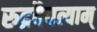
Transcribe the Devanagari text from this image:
रुद्रदैवत्याम्